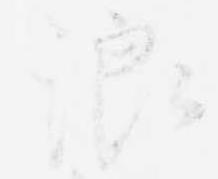
浪